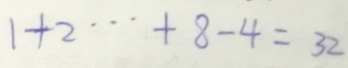
1 + 2 \cdots + 8 - 4 = 3 2